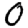
Digit: 0